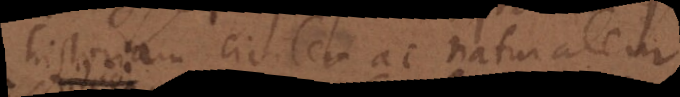
historiam civilem ac naturalem